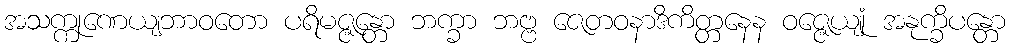
အသက္ကုဏေယျဘာဝတော ပရိမဇ္ဇန္တော ဘက္ခာ ဘဗ္ဗ ဇေတဝနာဒိကိတ္တနေန ဝဇ္ဇေယျုံ အနုက္ခိပန္တော